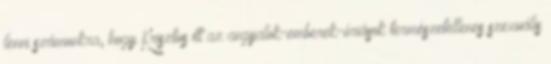
lenni számunkra, hogy Krisztus itt az angyalok-emberek-óriások természetellenes szexuális